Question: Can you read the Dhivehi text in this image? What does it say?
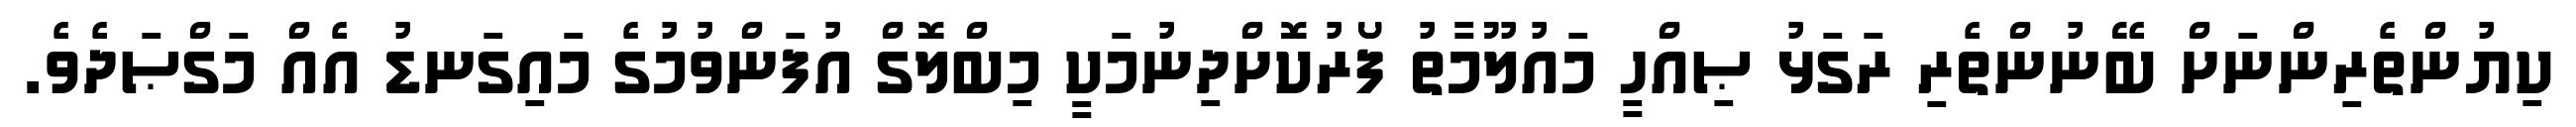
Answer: ކިޔުންތެރިންނަށް ބޭނުންތެރި ރަގަޅު ޞިއްހީ މައުލޫމާތު ފޯރުކޮށްދިނުމަކީ މިބްލޮގް އުފަންވުމުގެ މައިގަނޑު އެއް މަގްޞަދެވެ.